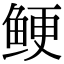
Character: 鲠